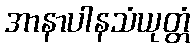
အာနာပါနသံယုတ္တံ